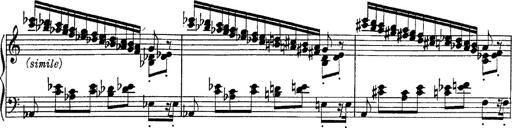
Title: Fantasie Ã¼ber Themen aus Mozarts Figaro und Don Giovanni
Composer: Franz Liszt